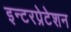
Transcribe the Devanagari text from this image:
इन्टरप्रेटेशन